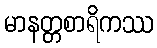
မာနတ္တစာရိကဿ